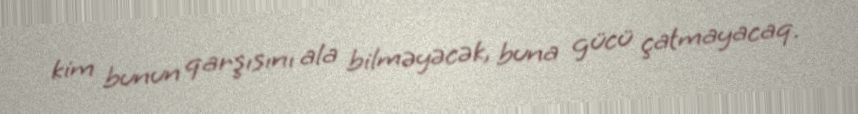
kim bunun qarşısını ala bilməyəcək, buna gücü çatmayacaq.